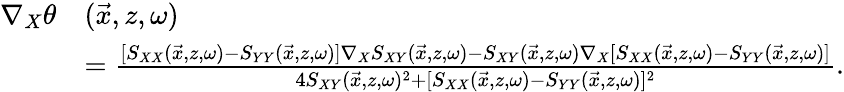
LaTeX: \begin{array}{rl}{\nabla_{X}\theta}&{(\vec{x},z,\omega)}\\ &{=\frac{[S_{XX}(\vec{x},z,\omega)-S_{YY}(\vec{x},z,\omega)]\nabla_{X}S_{XY}(\vec{x},z,\omega)-S_{XY}(\vec{x},z,\omega)\nabla_{X}[S_{XX}(\vec{x},z,\omega)-S_{YY}(\vec{x},z,\omega)]}{4S_{XY}(\vec{x},z,\omega)^{2}+[S_{XX}(\vec{x},z,\omega)-S_{YY}(\vec{x},z,\omega)]^{2}}.}\end{array}